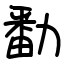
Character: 勫